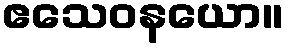
ဧသေဝနယော။